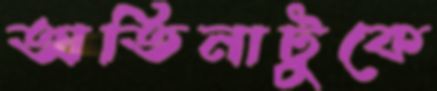
অতিনাটুকে